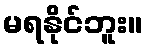
မရနိုင်ဘူး။